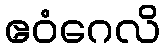
ဧဝံဂေလိ